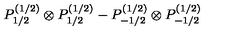
P _ { 1 / 2 } ^ { ( 1 / 2 ) } \otimes P _ { 1 / 2 } ^ { ( 1 / 2 ) } - P _ { - 1 / 2 } ^ { ( 1 / 2 ) } \otimes P _ { - 1 / 2 } ^ { ( 1 / 2 ) }